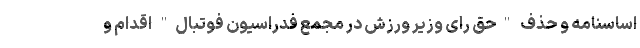
اساسنامه و حذف "حق رای وزیر ورزش در مجمع فدراسیون فوتبال" اقدام و